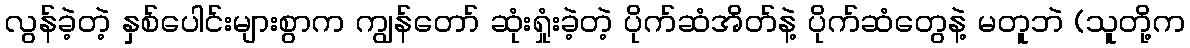
လွန်ခဲ့တဲ့ နှစ်ပေါင်းများစွာက ကျွန်တော် ဆုံးရှုံးခဲ့တဲ့ ပိုက်ဆံအိတ်နဲ့ ပိုက်ဆံတွေနဲ့ မတူဘဲ (သူတို့က